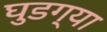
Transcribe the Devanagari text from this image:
घुडग्या